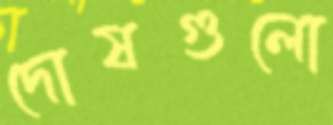
দোষগুলো